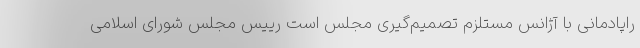
راپادمانی با آژانس مستلزم تصمیم‌گیری مجلس است رییس مجلس شورای اسلامی